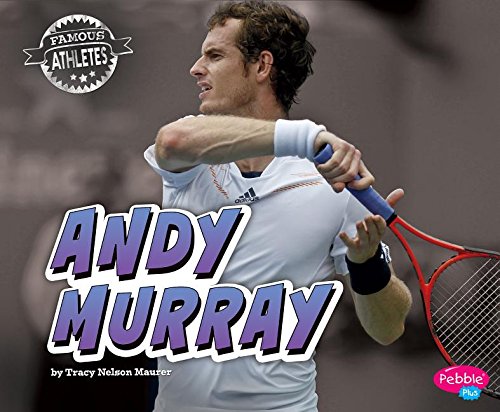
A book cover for Andy Murray (Famous Athletes); Mari Schuh; Children's Books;